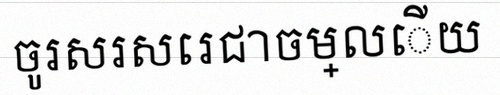
ចូរសរសេរជាចម្លើយ